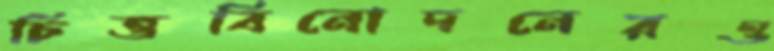
চিত্তবিনোদনেরও